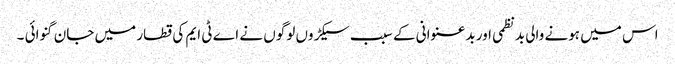
اس میں ہونے والی بدنظمی اور بدعنوانی کے سبب سیکڑوں لوگوں نے اے ٹی ایم کی قطار میں جان گنوائی ۔